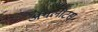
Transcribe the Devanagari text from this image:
ॲथलीटस्